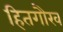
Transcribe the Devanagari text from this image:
हितगौरव